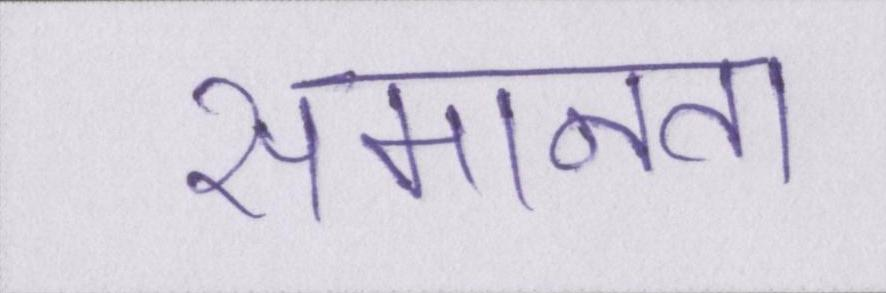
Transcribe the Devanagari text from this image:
समानता